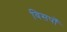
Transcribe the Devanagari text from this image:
विसर्पों